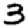
Digit: 3